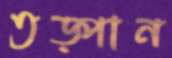
তড়্‌পান